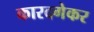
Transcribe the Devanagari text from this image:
कारदगेकर